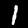
Label: 1